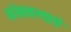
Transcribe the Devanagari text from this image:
कोसळल्याचे